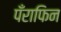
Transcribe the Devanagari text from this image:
पँराफिन